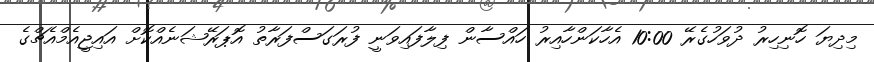
މިދިޔަ ހޮނިހިރު ދުވަހުގެރޭ 10:00 އެހާކަންހާއިރު ހައްސާން ފިލާފައިވަނީ ފުރަގަސްފަރާތު އޮޕަރޭޝަނެއްކޮށް އައިޖީއެމްއެޗްގެ